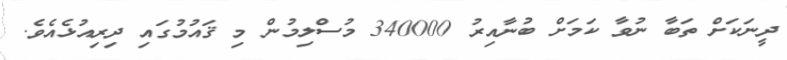
ދީނަކަށް ތަބާ ނުވާ ކަމަށް ބުނާއިރު 340000 މުސްލިމުން މި ޤައުމުގައި ދިރިއުޅެއެވެ.